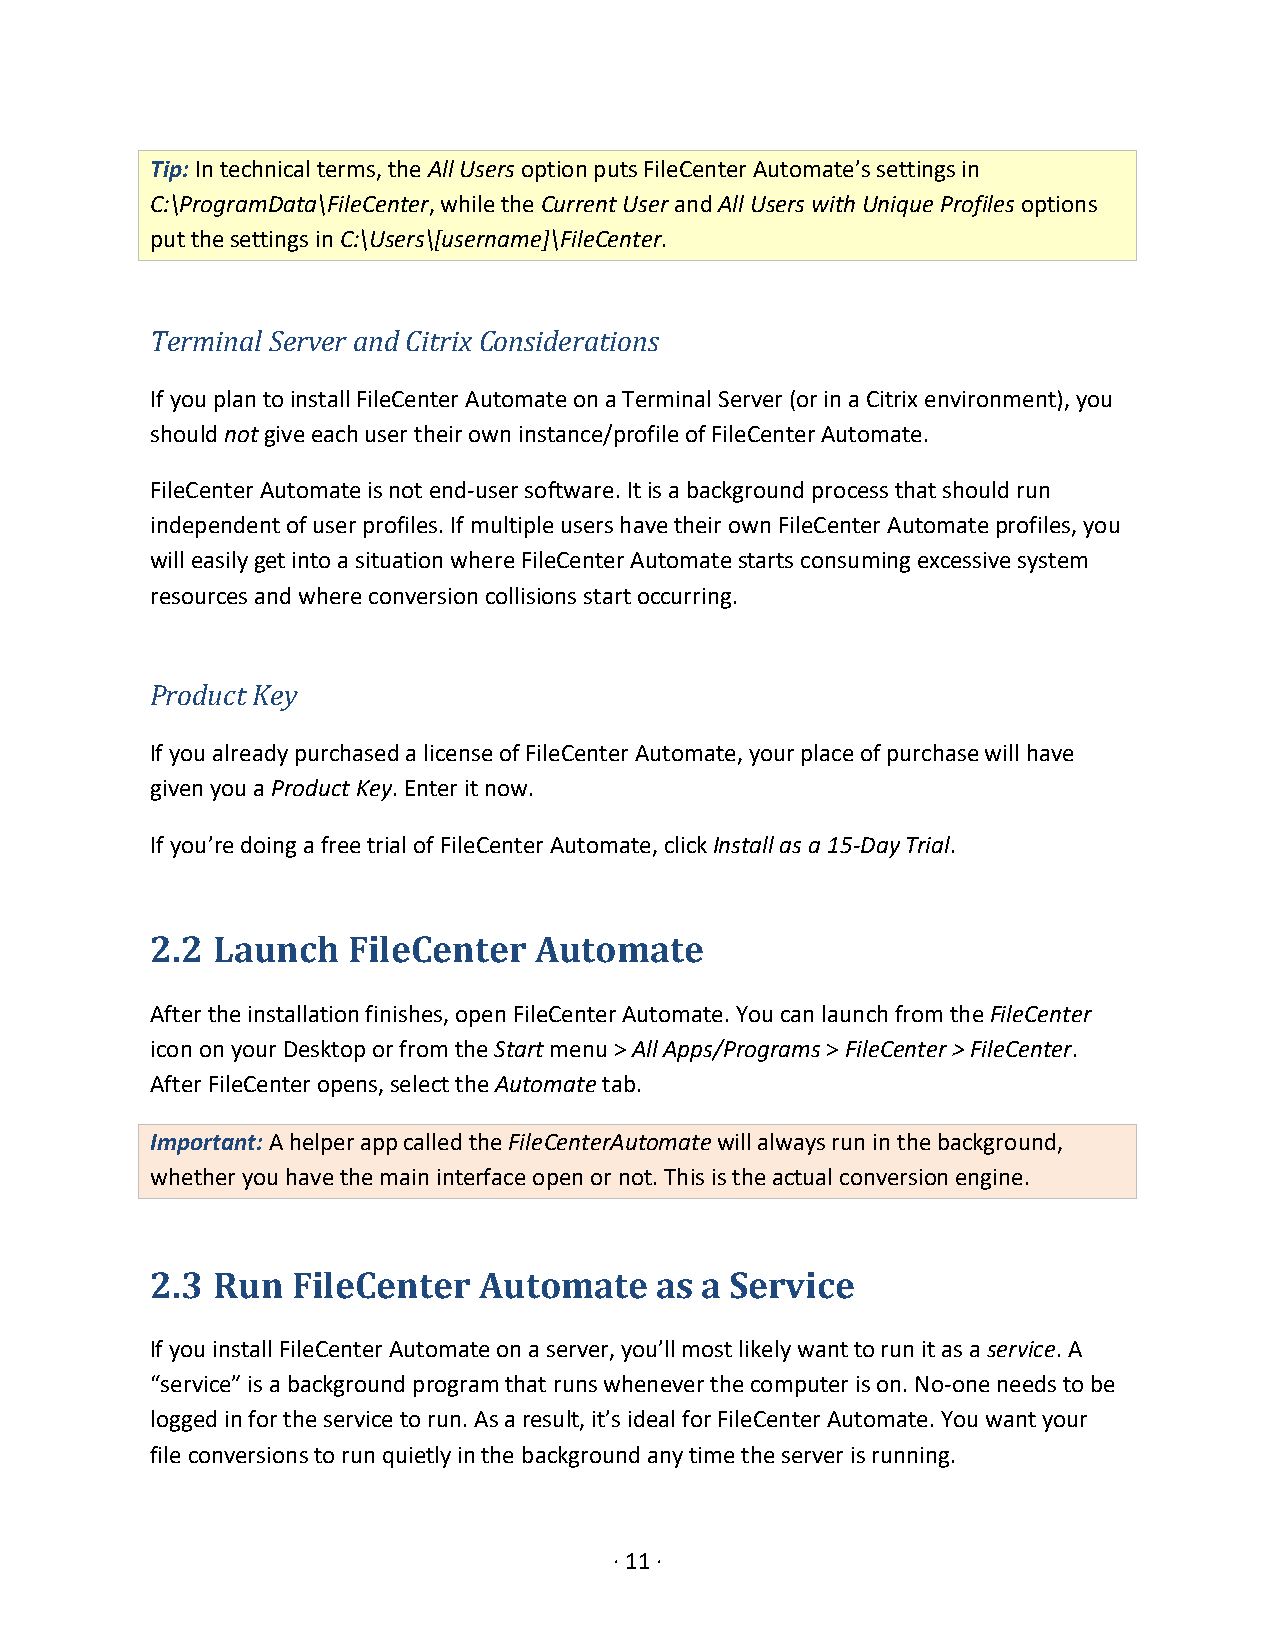
Tip: In technical terms, the All Users option puts FileCenter Automate’s settings in
 C:\ProgramData\FileCenter, while the Current User and All Users with Unique Profiles options
 put the settings in C:\Users\[username]\FileCenter.
 Terminal Server and Citrix Considerations
 If you plan to install FileCenter Automate on a Terminal Server (or in a Citrix environment), you
 should not give each user their own instance/profile of FileCenter Automate.
 FileCenter Automate is not end-user software. It is a background process that should run
 independent of user profiles. If multiple users have their own FileCenter Automate profiles, you
 will easily get into a situation where FileCenter Automate starts consuming excessive system
 resources and where conversion collisions start occurring.
 Product Key
 If you already purchased a license of FileCenter Automate, your place of purchase will have
 given you a Product Key. Enter it now.
 If you’re doing a free trial of FileCenter Automate, click Install as a 15-Day Trial.
 2.2 Launch   FileCenter  Automate
 After the installation finishes, open FileCenter Automate. You can launch from the FileCenter
 icon on your Desktop or from the Start menu > All Apps/Programs > FileCenter > FileCenter.
 After FileCenter opens, select the Automate tab.
 Important: A helper app called the FileCenterAutomate will always run in the background,
 whether you have the main interface open or not. This is the actual conversion engine.
 2.3 Run  FileCenter   Automate   as a Service
 If you install FileCenter Automate on a server, you’ll most likely want to run it as a service. A
 “service” is a background program that runs whenever the computer is on. No-one needs to be
 logged in for the service to run. As a result, it’s ideal for FileCenter Automate. You want your
 file conversions to run quietly in the background any time the server is running.
 · 11 ·